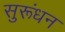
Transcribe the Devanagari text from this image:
सुरूंधन